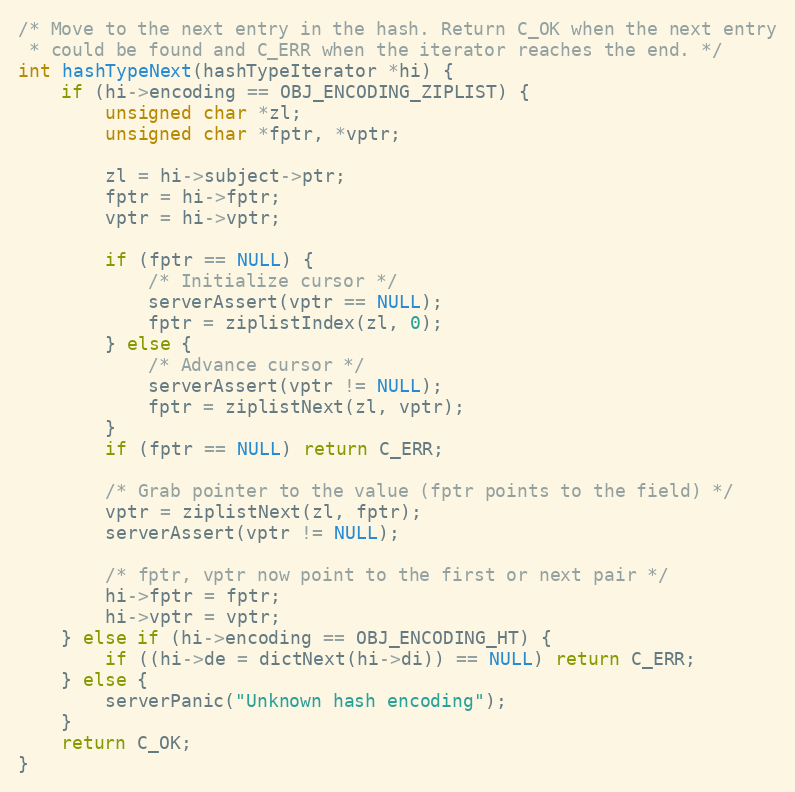
Language: C
/* Move to the next entry in the hash. Return C_OK when the next entry
 * could be found and C_ERR when the iterator reaches the end. */
int hashTypeNext(hashTypeIterator *hi) {
    if (hi->encoding == OBJ_ENCODING_ZIPLIST) {
        unsigned char *zl;
        unsigned char *fptr, *vptr;

        zl = hi->subject->ptr;
        fptr = hi->fptr;
        vptr = hi->vptr;

        if (fptr == NULL) {
            /* Initialize cursor */
            serverAssert(vptr == NULL);
            fptr = ziplistIndex(zl, 0);
        } else {
            /* Advance cursor */
            serverAssert(vptr != NULL);
            fptr = ziplistNext(zl, vptr);
        }
        if (fptr == NULL) return C_ERR;

        /* Grab pointer to the value (fptr points to the field) */
        vptr = ziplistNext(zl, fptr);
        serverAssert(vptr != NULL);

        /* fptr, vptr now point to the first or next pair */
        hi->fptr = fptr;
        hi->vptr = vptr;
    } else if (hi->encoding == OBJ_ENCODING_HT) {
        if ((hi->de = dictNext(hi->di)) == NULL) return C_ERR;
    } else {
        serverPanic("Unknown hash encoding");
    }
    return C_OK;
}